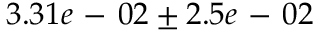
3 . 3 1 e \mathrm { ~ - ~ } 0 2 \pm 2 . 5 e \mathrm { ~ - ~ } 0 2